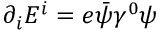
\partial _ { i } E ^ { i } = e { \bar { \psi } } \gamma ^ { 0 } \psi